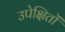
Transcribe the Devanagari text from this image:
उपेक्षितों